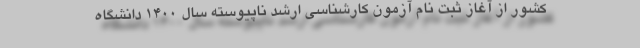
کشور از آغاز ثبت نام آزمون کارشناسی ارشد ناپیوسته سال ۱۴۰۰ دانشگاه